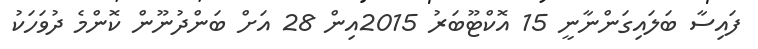
ފައިސާ ބަލައިގަންނާނީ 15 އޮކްޓޫބަރު 2015އިން 28 އަށް ބަންދުނޫން ކޮންމެ ދުވަހަކު